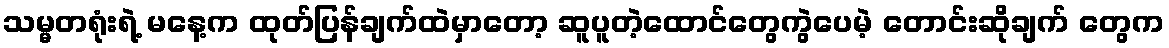
သမ္မတရုံးရဲ့ မနေ့က ထုတ်ပြန်ချက်ထဲမှာတော့ ဆူပူတဲ့ထောင်တွေကွဲပေမဲ့ တောင်းဆိုချက် တွေက